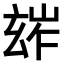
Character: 𤣧